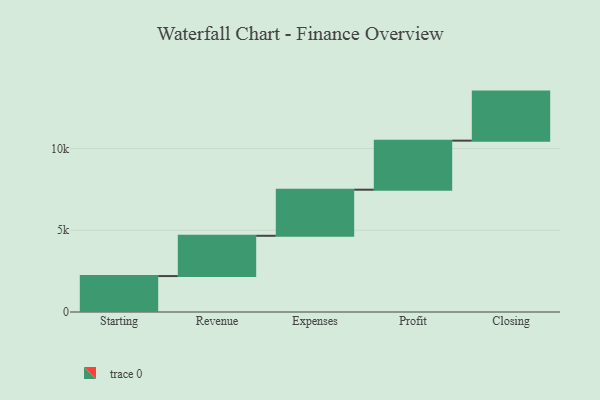
{"axis": {"x": "Step", "y": "Value"}, "legend": [""], "data": [{"x": "Starting", "y": 2198.0, "type": ""}, {"x": "Revenue", "y": 2463.0, "type": ""}, {"x": "Expenses", "y": 2819.0, "type": ""}, {"x": "Profit", "y": 3000, "type": ""}, {"x": "Closing", "y": 3000, "type": ""}]}